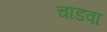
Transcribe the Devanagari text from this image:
चाडवा